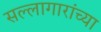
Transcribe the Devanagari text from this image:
सल्लागारांच्या